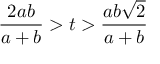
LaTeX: { \frac { 2 a b } { a + b } } > t > { \frac { a b { \sqrt { 2 } } } { a + b } }